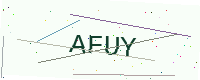
Text: AFUY